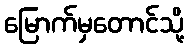
မြောက်မှတောင်သို့